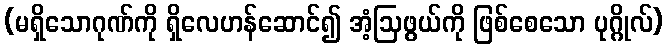
(မရှိသောဂုဏ်ကို ရှိလေဟန်ဆောင်၍ အံ့ဩဖွယ်ကို ဖြစ်စေသော ပုဂ္ဂိုလ်)